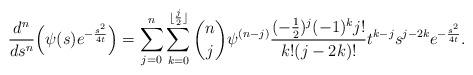
LaTeX: \begin{align*}\frac{d^n}{ds^n}\Big(\psi(s)e^{-\frac{s^2}{4t}}\Big)=\sum_{j=0}^n\sum_{k=0}^{\lfloor \frac{j}{2}\rfloor}{n \choose j}\psi^{(n-j)}\frac{(-\frac{1}{2})^j(-1)^kj!}{k!(j-2k)!}t^{k-j}s^{j-2k}e^{-\frac{s^2}{4t}}.\end{align*}